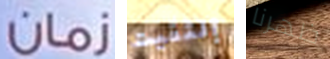
زمان إلتقيت ظهرنا